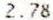
2.78